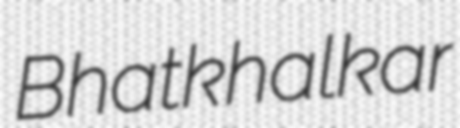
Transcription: Bhatkhalkar